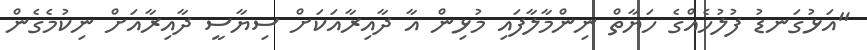
"އަޅުގަނޑު ފުލުހެއްގެ ހަޔާތް ނިންމާލާފައި މުޅިން އާ ދާއިރާއަކަށް ސިޔާސީ ދާއިރާއަށް ނިކުމެގެން